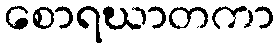
စောရဃာတကာ